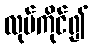
လုပ်ကိုင်၍